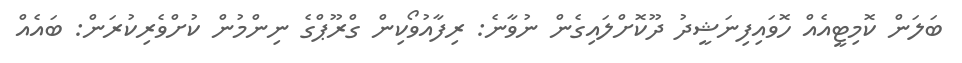
ބަލަން ކޮމިޓީއެއް ހޮވައިފިނަޝީދު ދޫކޮށްލައިގެން ނުވާނެ: ރިފާއުވޯކިން ގްރޫޕްގެ ނިންމުން ކުށްވެރިކުރަން: ބައެއް